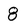
Character: 8